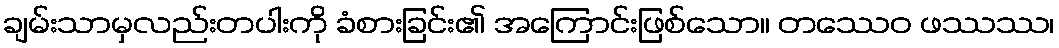
ချမ်းသာမှလည်းတပါးကို ခံစားခြင်း၏ အကြောင်းဖြစ်သော။ တဿေဝ ဖဿဿ၊